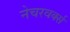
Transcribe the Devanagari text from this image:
नेचरवर्क्स